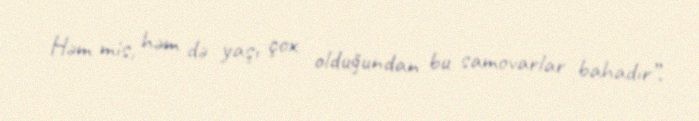
Həm mis, həm də yaşı çox olduğundan bu samovarlar bahadır”.